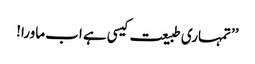
’’تمہاری طبیعت کیسی ہے اب ماورا!